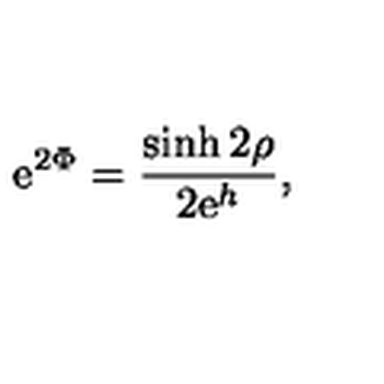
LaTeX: \mathrm { e } ^ { 2 \Phi } = \frac { \sinh 2 \rho } { 2 \mathrm { e } ^ { h } } ,